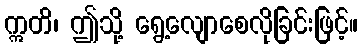
ဣတိ၊ ဤသို့ ရွေ့လျောစေလိုခြင်းဖြင့်။